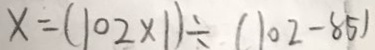
x = ( 1 0 2 \times 1 ) \div ( 1 0 2 - 8 5 )